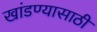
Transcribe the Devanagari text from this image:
खांडण्यासाठी